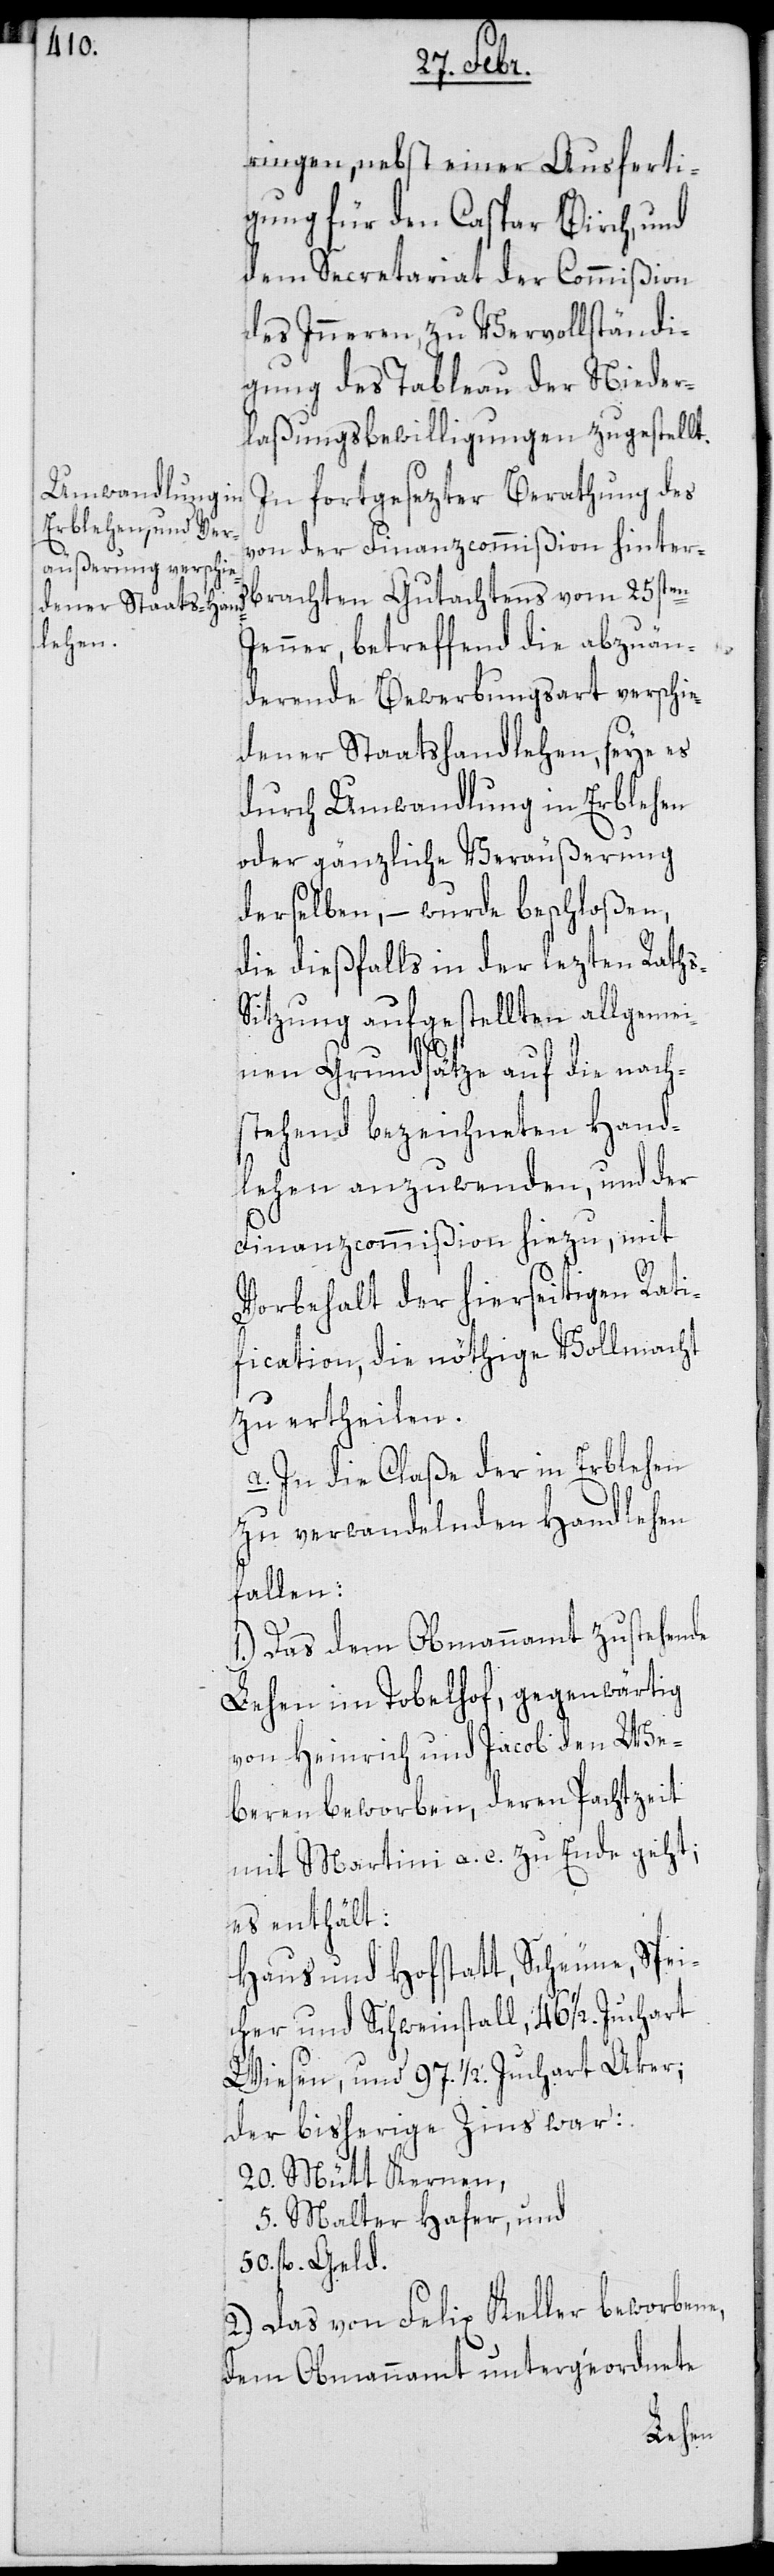
stringen, nebst einer Ausferti¬
gung für den Caspar Birch, und
dem Secretariat der Commißion
des Inneren, zu Vervollständi¬
gung des Tableau der Nieder¬
laßungsbewilligungen zugestellt.
In fortgesezter Berathung des
von der Finanzcommißion hinter¬
brachten Gutachtens vom 25sten
Jenner, betreffend die abzuän¬
dernde Bewerbungsart verschie¬
dener Staatshandlehen, seye es
durch Umwandlung in Erblehen
oder gänzliche Veräußerung
derselben, – wurde beschloßen,
die dießfalls in der lezten Raths¬
sitzung aufgestellten allgemei¬
nen Grundsätze auf die nach¬
stehend bezeichneten Hand¬
lehen anzuwenden, und der
Finanzcommißion hiezu, mit
Vorbehalt der hierseitigen Rati¬
fication, die nöthige Vollmacht
zu ertheilen.
a. In die Claße der in Erblehen
zu verhandelnden Handlehen
fallen:
1.) Das dem Obmannamt zustehende
Lehen im Tobelhof, gegenwärtig
von Heinrich und Jacob den We¬
beren beworben, deren Pachtzeit
mit Martini a. c. zu Ende geht;
es enthält:
Haus und Hofstatt, Scheune, Spei¬
cher und Schweinstall, 46 1/2 Juchart
Wiesen und 97 1/2 Juchart Aker;
der bisherige Zins war:
20 Mütt Kernen,
5 Malter Hafer, und
50 fl. Geld.
2.) Das von Felix Keller beworbene,
dem Obmannamt untergeordnete